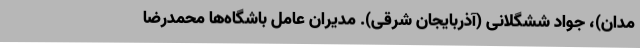
مدان)، جواد ششگلانی (آذربایجان شرقی). مدیران عامل باشگاه‌ها محمدرضا